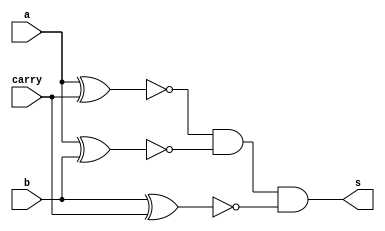
// -------------------------
// Exemplo0023  COMPARADOR IGUALDADE
// Nome: TIAGO MATTA MACHADO ZAIDAN
// -------------------------
// -------------------------
// comparador Igualdade
// -------------------------
module comparadorIgualdade (output s,
input a,
input b,
input carry);

wire temp1,temp2,temp3,temp4;

xnor xnor1 ( temp1,a,b );
xnor xnor2 ( temp2,a,carry );
xnor xnor3 ( temp3,b,carry );
and and1   ( temp4,temp2, temp1 );
and and2   ( s,temp4, temp3 );

endmodule // comparadorIgualdade
module test_comparadorIgualdade;
// ------------------------- definir dados
reg  x;
reg  y;
reg  carry;
wire igualdade;

comparadorIgualdade fa1 (igualdade,x,y,carry);

// ------------------------- parte principal
initial begin
$display("Exemplo0023 - TIAGO MATTA MACHADO ZAIDAN - 451620");
$display("Test ALUs comparador Igualdade");

x = 0; y = 0; carry = 0;
// projetar testes do modulo
$display("a  b  carry  s  ");
#1 $monitor("%b  %b     %b     %b",x,y,carry,igualdade);

#1 x = 0; y = 0; carry = 1;
#1 x = 0; y = 1; carry = 0;
#1 x = 0; y = 1; carry = 1;
#1 x = 1; y = 0; carry = 0;
#1 x = 1; y = 0; carry = 1;
#1 x = 1; y = 1; carry = 0;
#1 x = 1; y = 1; carry = 1;
end
endmodule // test_comparadorIgualdade